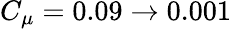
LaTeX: C_{\mu}=0.09\to 0.001